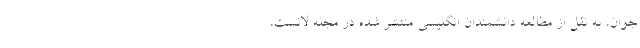
جوان، به نقل از مطالعه دانشمندان انگلیسی منتشر شده در مجله لانست،